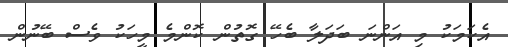
އެކަމަކު މި އަންނަ ބަދަލާ ބެހޭ ގޮތުން ކޮންމެ މީހަކު ވެސް ބޭނުން